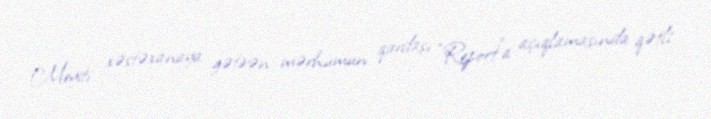
Meyiti xəstəxanaya gətirən mərhumun qardaşı “Report”a açıqlamasında qətli